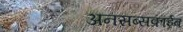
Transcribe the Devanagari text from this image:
अनसब्सक्राईब